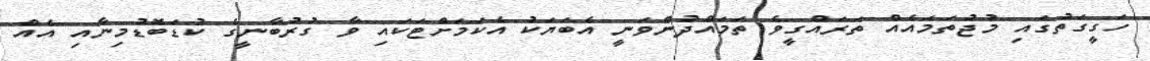
ހަގީގަތުގައި މުޖުތަމައެއް ތަރައްގީވެ ތަމައްދުންވަނީ އެބަޔަކު އެކަމަށްޓަކައި ވާ ގުރުބާނީގެ ކުޑަބޮޑުމިނާއި އެއް